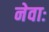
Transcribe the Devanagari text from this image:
नेवाः